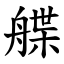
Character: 艓